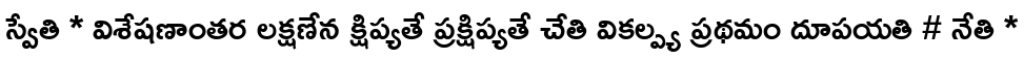
స్వేతి * విశేషణాంతర లక్షణేన క్షిప్యతే ప్రక్షిప్యతే చేతి వికల్ప్య ప్రథమం దూపయతి # నేతి *